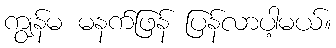
ကျွန်မ မနက်ဖြန် ပြန်လာပါ့မယ်။